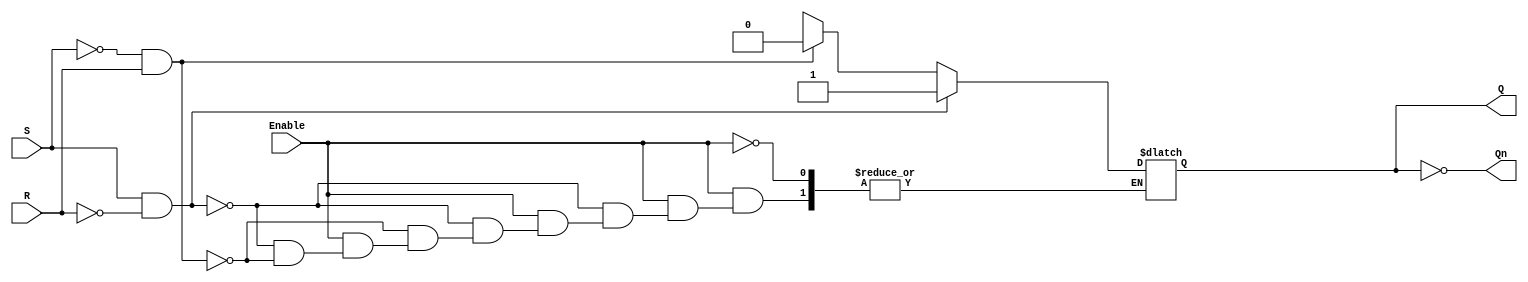
module GatedSRLatch (
    input wire S,       // Set input
    input wire R,       // Reset input
    input wire Enable,  // Enable input
    output reg Q,       // Output Q
    output wire Qn      // Output Q' (complement of Q)
);

    assign Qn = ~Q; // Q' is the complement of Q

    always @(*) begin
        if (Enable) begin
            if (S && !R) begin
                Q = 1'b1;  // Set Q to 1
            end else if (!S && R) begin
                Q = 1'b0;  // Reset Q to 0
            end else if (!S && !R) begin
                // Maintain previous state (no change)
                Q = Q; // This line is effectively a no-op
            end else begin
                // S = 1 and R = 1 case (indeterminate)
                // You may want to handle this case as per your design requirements
                // For now, we will do nothing (retain previous state)
                Q = Q; // This line is effectively a no-op
            end
        end
        // When Enable is low, Q retains its previous state
    end

endmodule